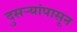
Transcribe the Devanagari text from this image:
दुसऱ्यांपासून